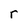
Character: r